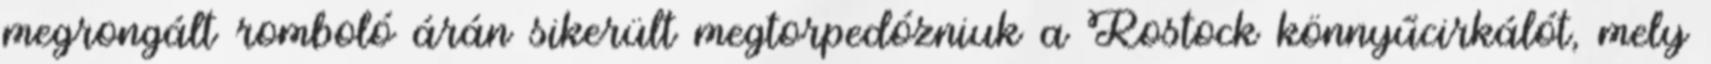
megrongált romboló árán sikerült megtorpedózniuk a Rostock könnyűcirkálót, mely